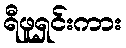
ရီဖူရှင်းကား